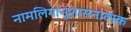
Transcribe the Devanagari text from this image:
नामलिगानुशासनात्मक